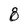
Character: 8